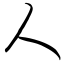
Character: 人